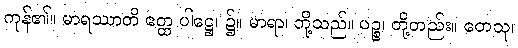
ကုန်၏။ မာရဿာတိ ဧတ္ထ ပါဋ္ဌေ၊ ၌။ မာရာ၊ တို့သည်။ ပဉ္စ၊ တို့တည်း။ တေသု၊